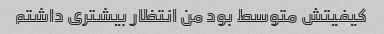
کیفیتش متوسط بود من انتظار بیشتری داشتم